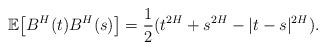
LaTeX: \begin{align*} \mathbb{E}\big[B^{H}(t)B^{H}(s)\big] = \frac{1}{2} (t^{2H} + s^{2H} - |t-s|^{2H}).\end{align*}